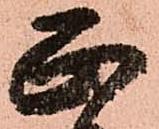
正